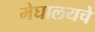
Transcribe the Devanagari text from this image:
मेघालयचे